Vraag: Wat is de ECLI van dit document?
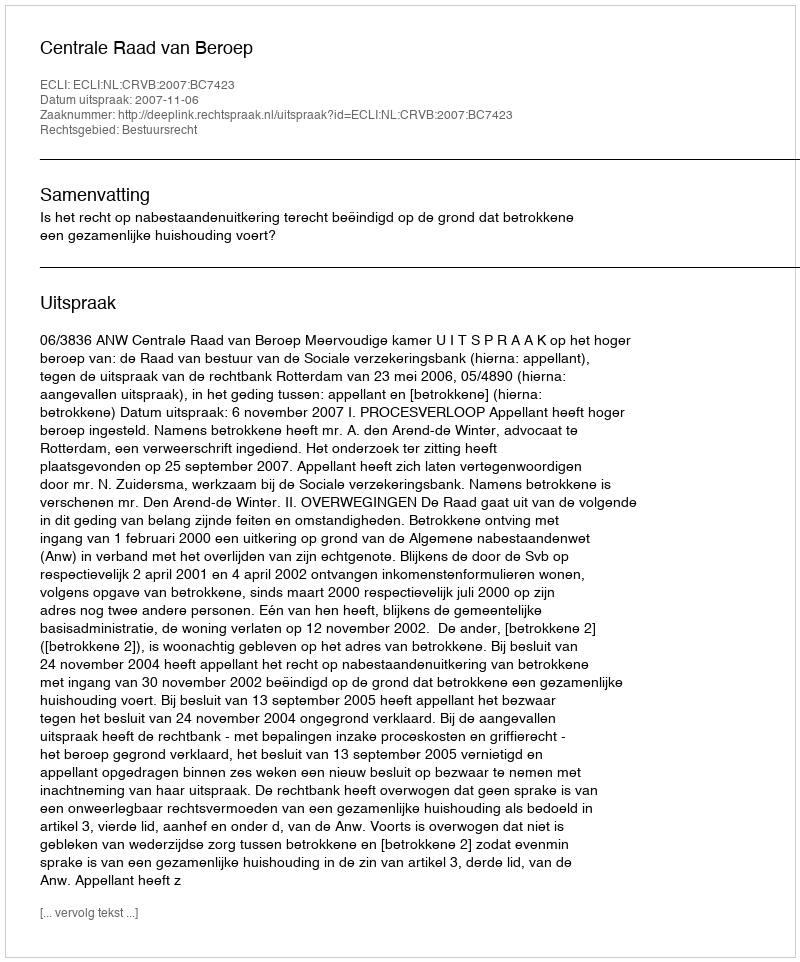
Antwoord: ECLI:NL:CRVB:2007:BC7423